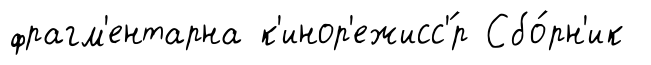
фрагм'ентарна к'инор'ежисс'́р Сбо́рн'ик